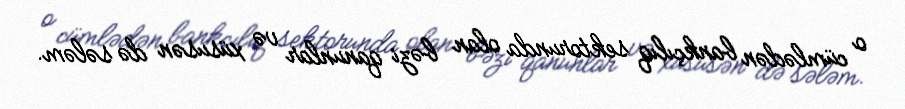
o cümlədən bankçılıq sektorunda olan bəzi qanunlar və xüsusən də sələm.